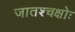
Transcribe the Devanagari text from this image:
जातश्चक्षोः